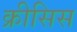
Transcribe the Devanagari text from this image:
क्रीसिस